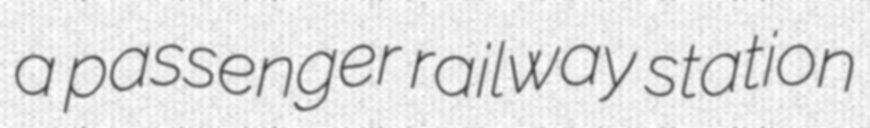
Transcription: a passenger railway station